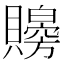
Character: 𧸨